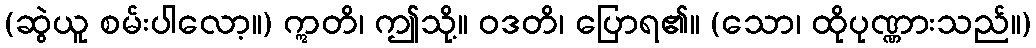
(ဆွဲယူ စမ်းပါလော့။) ဣတိ၊ ဤသို့။ ဝဒတိ၊ ပြောရ၏။ (သော၊ ထိုပုဏ္ဏားသည်။)